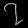
Digit: ၇